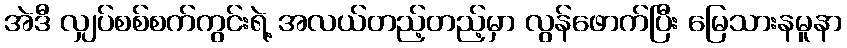
အဲဒီ လျှပ်စစ်စက်ကွင်းရဲ့ အလယ်တည့်တည့်မှာ လွန်ဖောက်ပြီး မြေသားနမူနာ